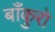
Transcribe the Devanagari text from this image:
बाँकुरो